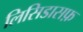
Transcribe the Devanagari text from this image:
लिसिडासफ़